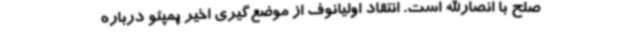
صلح با انصارالله است. انتقاد اولیانوف از موضع‌گیری اخیر پمپئو درباره